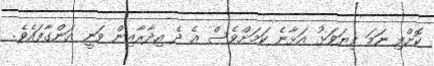
ކޮށްފި ނަމަ ފިޔަވަޅު އަޅާނެ ކަމަށްވެސް އެ ދެ އިދާރާއިން ވަނީ އަންގާފައެވެ.